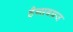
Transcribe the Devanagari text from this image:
हैब्सबग्रज